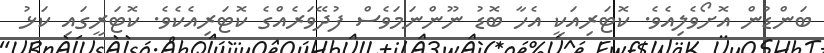
ބަންޑުން އޮށޯވެލިއެވެ. ކޮޓަރިއަކީ އެހާ ބޮޑު ނޫންނަމަވެސް ފުދޭވަރެއްގެ ކޮޓަރިއެކެެވެ. ކޮޓަރީގައި ކަޅު